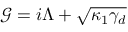
\mathcal { G } = i \Lambda + \sqrt { \kappa _ { 1 } \gamma _ { d } }